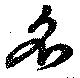
名